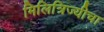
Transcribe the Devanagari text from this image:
मिलित्रिज्यीचा